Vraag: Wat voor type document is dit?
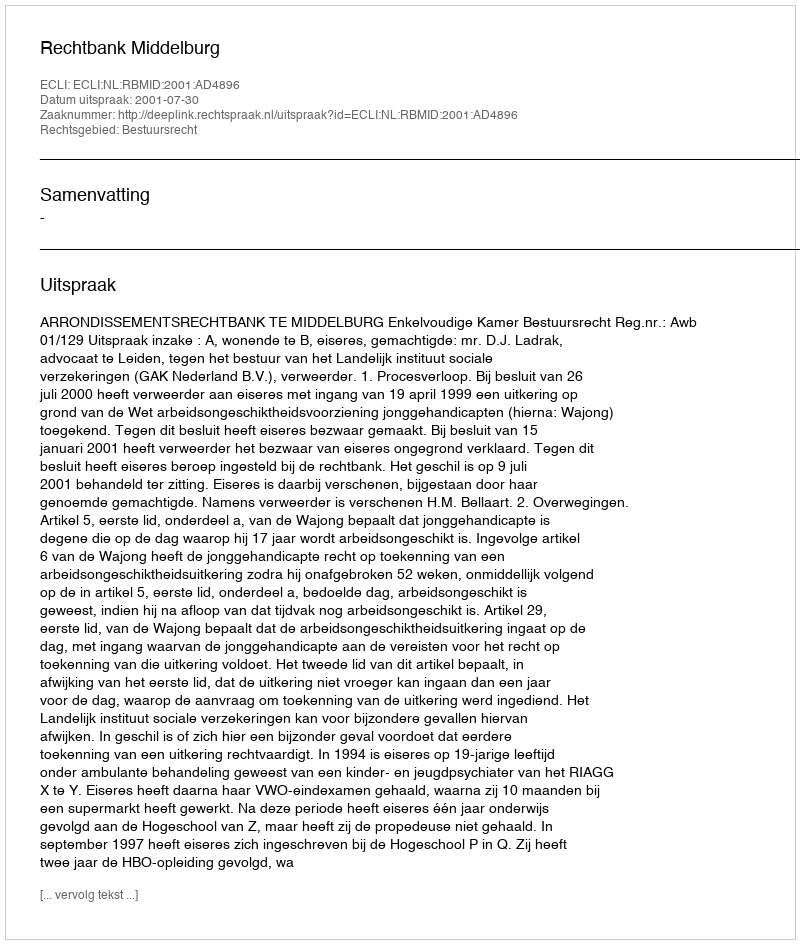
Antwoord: Uitspraak